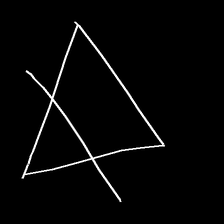
Glyph: empower